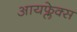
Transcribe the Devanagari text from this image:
आयफ्लेक्स